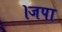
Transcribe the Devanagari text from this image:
।जपा